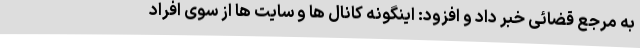
به مرجع قضائی خبر داد و افزود: اینگونه کانال ها و سایت ها از سوی افراد